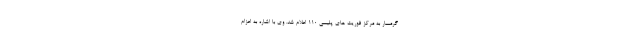
گرمسار به مرکز فوریت های پلیسی 110 اعلام شد. وی با اشاره به اعزام